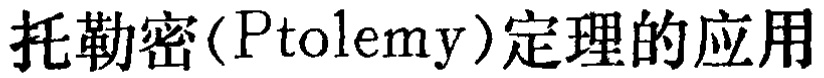
托勒密(Ptolemy)定理的应用